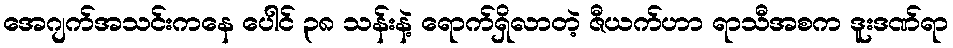
အေဂျက်အသင်းကနေ ပေါင် ၃၈ သန်းနဲ့ ရောက်ရှိလာတဲ့ ဇီယက်ဟာ ရာသီအစက ဒူးဒဏ်ရာ